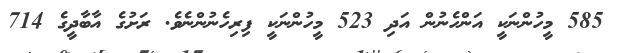
585 މީހުންނަކީ އަންހެނުން އަދި 523 މީހުންނަކީ ފިރިހެނުންނެވެ. ރަށުގެ އާބާދީގެ 714